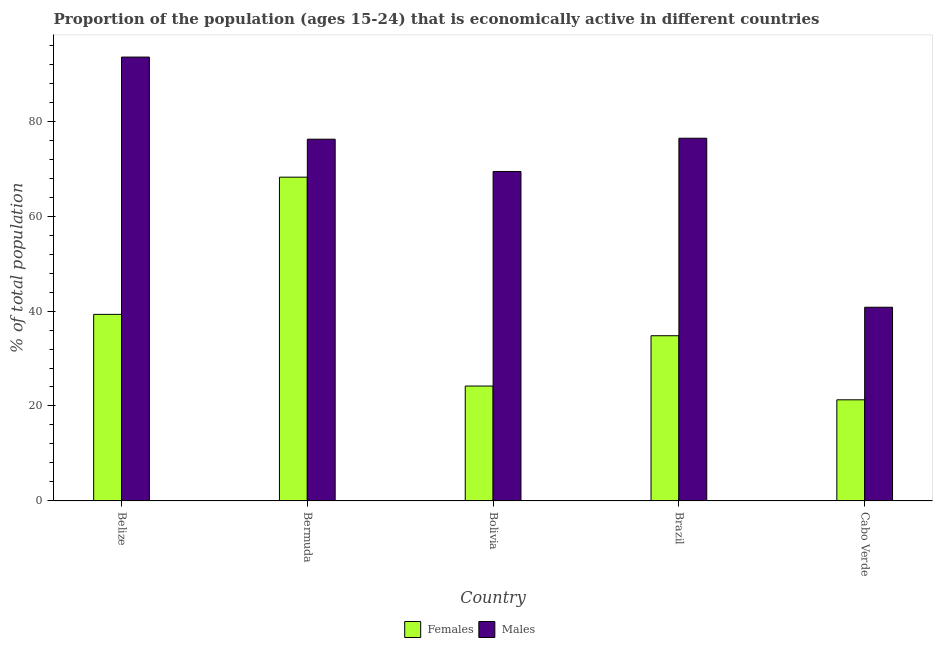
| Country | Females | Males |
 | --- | --- | --- |
 | Belize | 39.3 | 93.5 |
 | Bermuda | 68.2 | 76.2 |
 | Bolivia | 24.2 | 69.4 |
 | Brazil | 34.8 | 76.4 |
 | Cabo Verde | 21.3 | 40.8 |